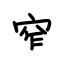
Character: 窄